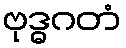
ဗုဒ္ဓဂတံ